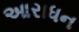
આરાધન